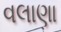
વલાણા